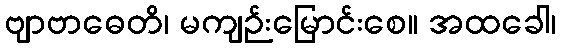
ဗျာဗာဓေတိ၊ မကျဉ်းမြောင်းစေ။ အထခေါ၊